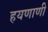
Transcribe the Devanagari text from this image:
हयणाणी